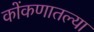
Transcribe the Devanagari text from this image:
कोंकणातल्या